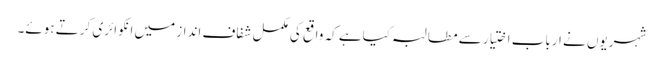
شہریوں نے ارباب اختیار سے مطالبہ کیاہے کہ واقع کی مکمل شفاف انداز میں انکوائری کرتے ہوئے۔